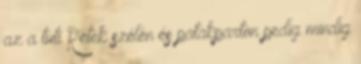
az a tuti Rétek szélén és patakparton pedig mindig